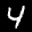
Label: 4